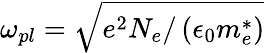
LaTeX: \omega_{pl}=\sqrt{e^{2}N_{e}/\left(\epsilon_{0}m_{e}^{*}\right)}